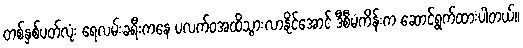
တစ်နှစ်ပတ်လုံး ရေလမ်းခရီးကနေ ပလက်ဝအထိသွားလာနိုင်အောင် ဒီစီမံကိန်းက ဆောင်ရွက်ထားပါတယ်။